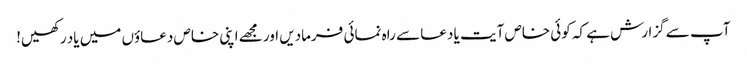
آپ سے گزارش ہے کہ کوئی خاص آیت یا دعا سے راہ نمائی فرمادیں اور مجھے اپنی خاص دعاؤں میں یاد رکھیں!